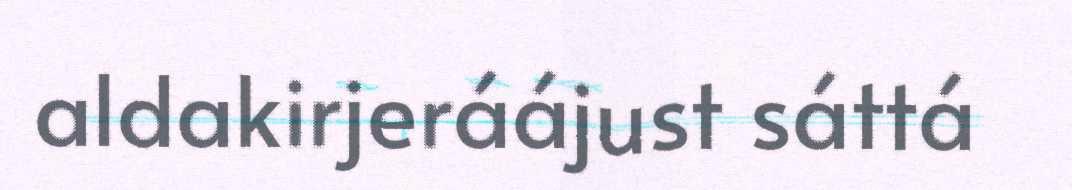
aldakirjeráájust sáttá